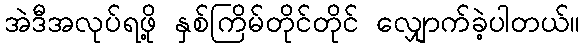
အဲဒီအလုပ်ရဖို့ နှစ်ကြိမ်တိုင်တိုင် လျှောက်ခဲ့ပါတယ်။